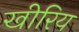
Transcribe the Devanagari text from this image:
खीरिय